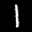
Label: 1